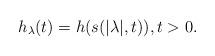
LaTeX: \begin{align*} h_\lambda(t)=h(s(|\lambda|,t)), t>0. \end{align*}